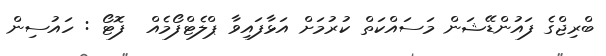
ބްރިޖްގެ ފައުންޑޭޝަން މަސައްކަތް ކުރުމަށް އަޅާފައިވާ ޕްލެޓްފޯމެއް  ފޮޓޯ : ހައުސިން